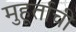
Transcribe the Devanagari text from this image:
मुहूर्ताची